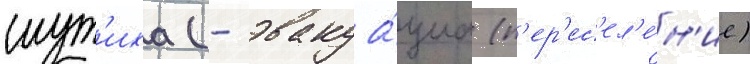
шут'иха (- эвакуа́циа (п'ер'ес'ел'е́н'ие)